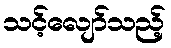
သင့်လျော်သည့်